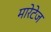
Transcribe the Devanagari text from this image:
मारेटेज